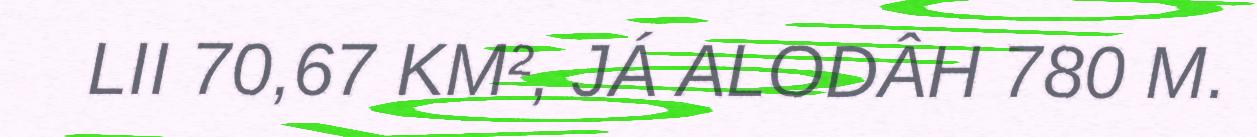
LII 70,67 KM², JÁ ALODÂH 780 M.